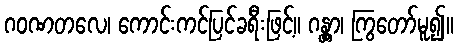
ဂဝဏတလေ၊ ကောင်းကင်ပြင်ခရီးဖြင့်။ ဂန္တွာ၊ ကြွတော်မူ၍။